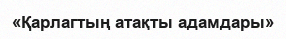
«Қарлагтың атақты адамдары»